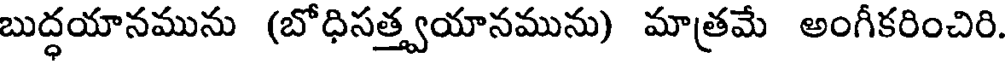
బుద్ధయానమును (బోధిసత్త్వయానమును) మాత్రమే అంగీకరించిరి.